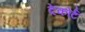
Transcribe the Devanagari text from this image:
देकोर्ट